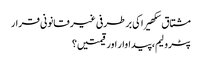
مشتاق سکھیرا کی برطرفی غیر قانونی قرار
پٹرولیم، پیداوار اور قیمتیں؟